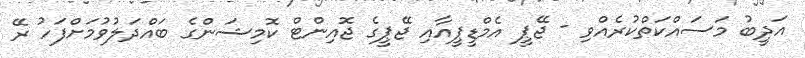
އަދީބު މަސައްކަތްކުރެއްވި - ޖޭޕީ އެމްޑީޕީއާއި ޖޭޕީގެ ޖޮއިންޓް ކޮމިޝަންގެ ބައްދަލުވުމަށްފަހު ރޭ